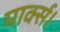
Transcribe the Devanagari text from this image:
मार्क्स।